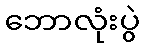
ဘောလုံးပွဲ